65_HS1-834228961_62-HQ-83894_Section_9
Agency: FBI
Page 107
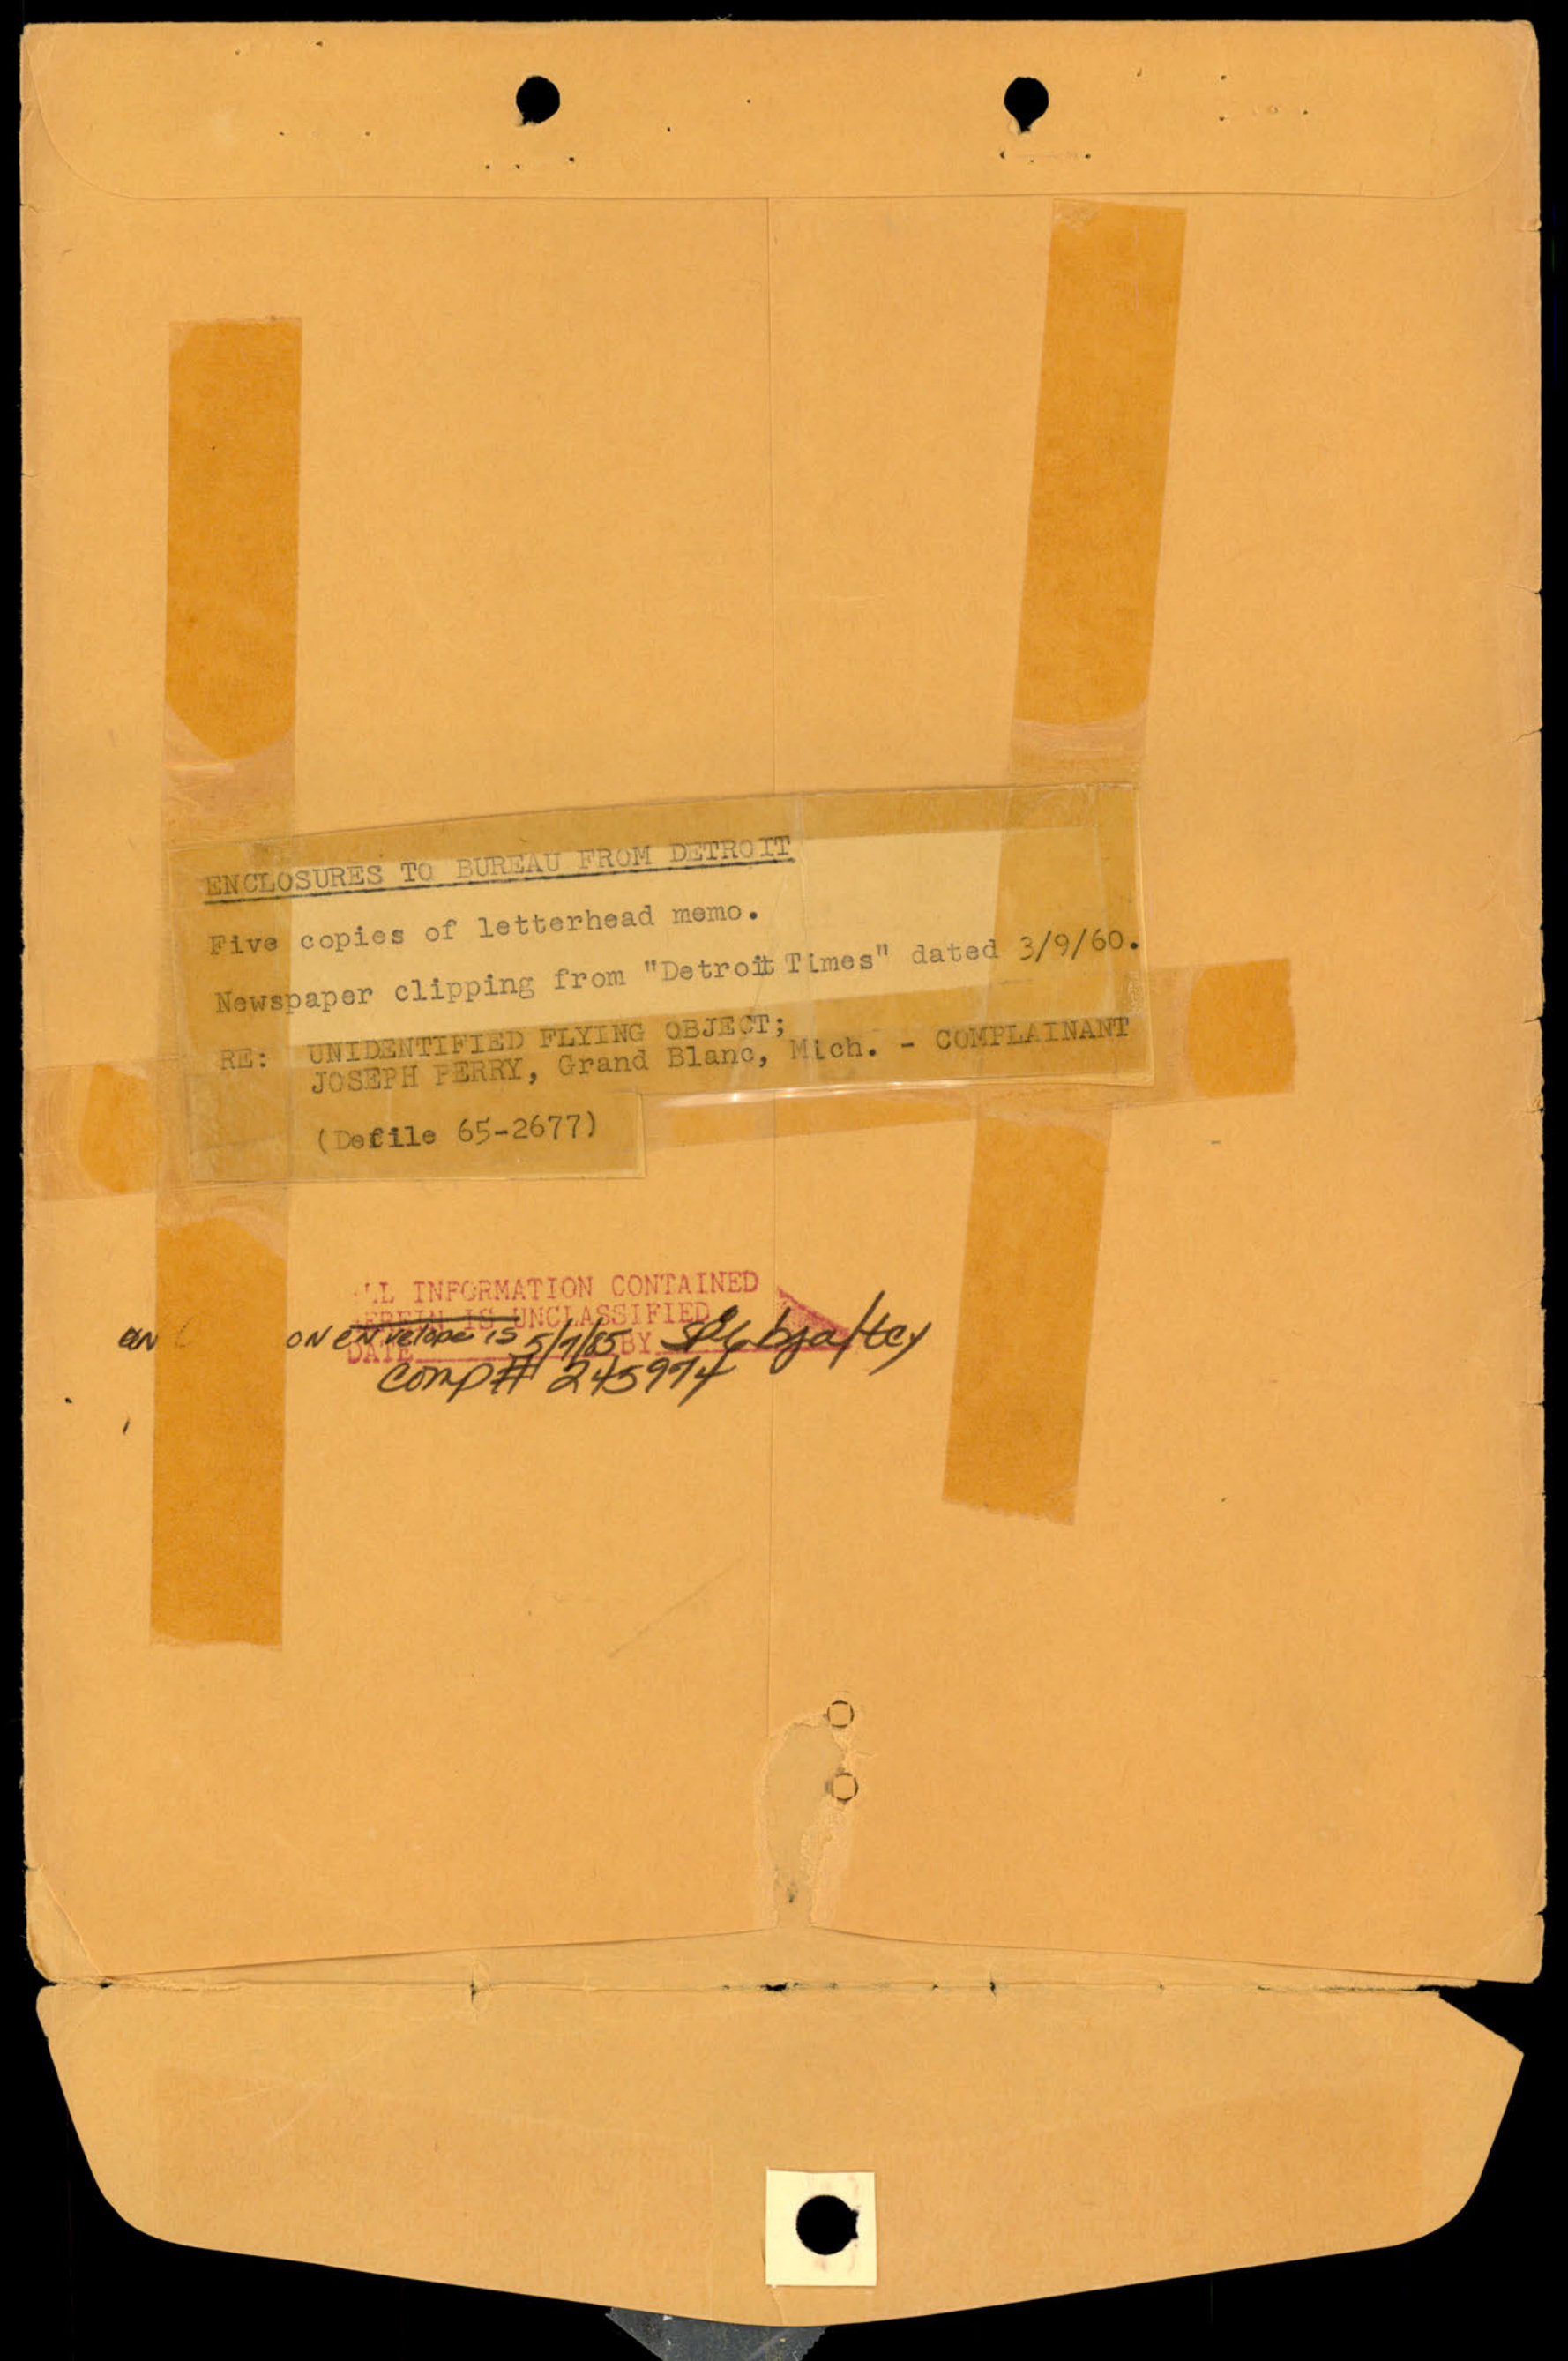